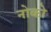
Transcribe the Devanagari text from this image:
नोको